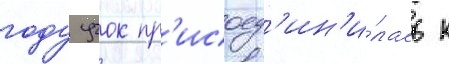
году учок пр'исоед'ин'и́лась к